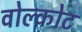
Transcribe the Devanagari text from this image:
वोल्कोट